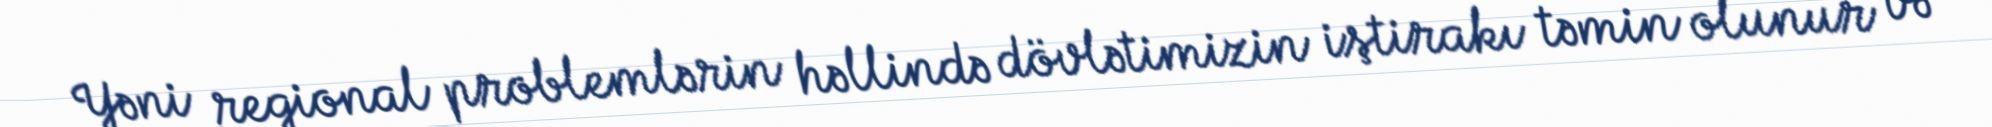
Yəni regional problemlərin həllində dövlətimizin iştirakı təmin olunur və